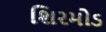
શિરમોડ